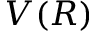
V ( R )